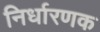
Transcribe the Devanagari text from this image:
निर्धारणक